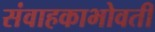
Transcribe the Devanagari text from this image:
संवाहकाभोवती